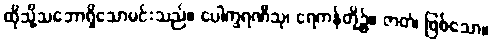
ထိုသို့သဘောရှိသောမင်းသည်။ ပေါက္ခရဏီသု၊ ရေကန်တို့၌။ ဇာတံ၊ ဖြစ်သော။